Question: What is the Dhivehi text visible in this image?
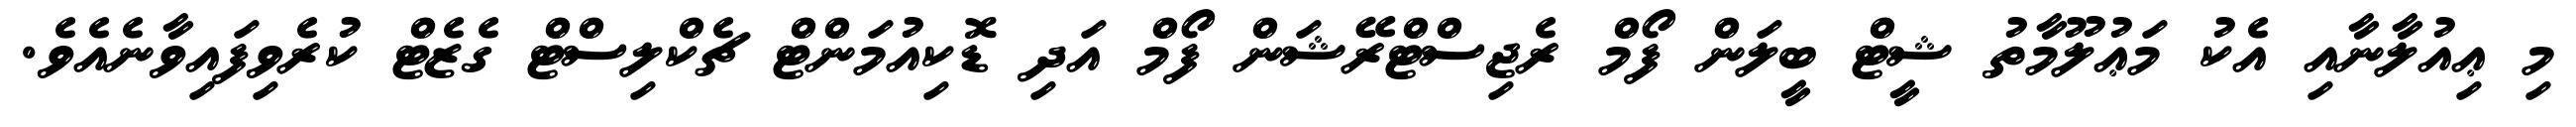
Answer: މި ޢިއުލާނާއި އެކު މަޢުލޫމާތު ޝީޓް ބީލަން ފޯމް ރެޖިސްޓްރޭޝަން ފޯމް އަދި ޑޮކިއުމަންޓް ޗެކްލިސްޓް ގެޒެޓް ކުރެވިފައިވާނެއެވެ.